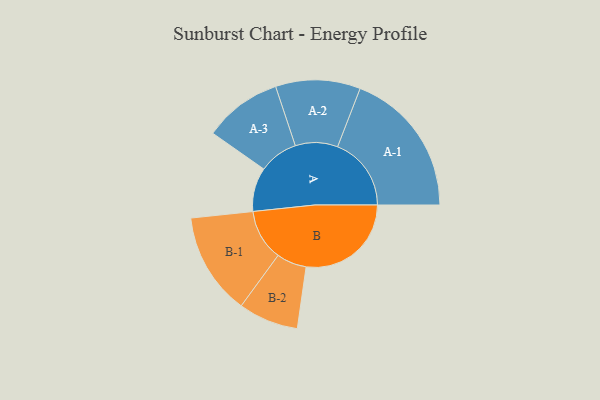
{"axis": {"x": "Segment", "y": "Value"}, "legend": ["", "A", "B"], "data": [{"x": "A", "y": 164, "type": ""}, {"x": "B", "y": 392, "type": ""}, {"x": "A-1", "y": 275, "type": "A"}, {"x": "A-2", "y": 158, "type": "A"}, {"x": "A-3", "y": 146, "type": "A"}, {"x": "B-1", "y": 191, "type": "B"}, {"x": "B-2", "y": 112, "type": "B"}]}